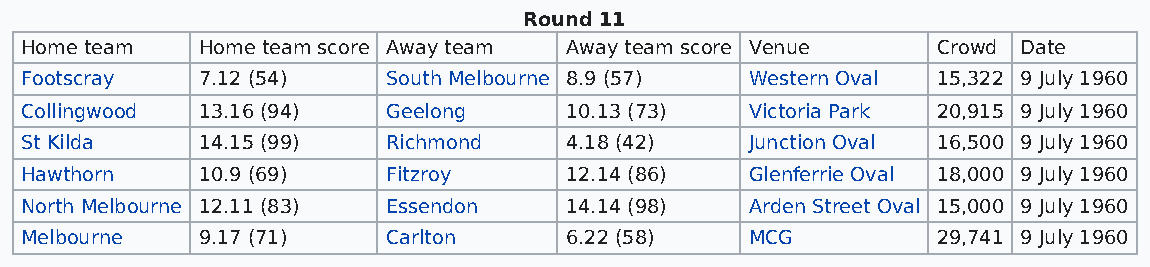
Round 11
 Home team   Home team score Away team Away team score Venue  Crowd Date
 Footscray   7.12 (54)    South Melbourne 8.9 (57) Western Oval 15,322 9 July 1960
 Collingwood 13.16 (94)   Geelong    10.13 (73)   Victoria Park 20,915 9 July 1960
 St Kilda    14.15 (99)   Richmond   4.18 (42)    Junction Oval 16,500 9 July 1960
 Hawthorn    10.9 (69)    Fitzroy    12.14 (86)   Glenferrie Oval 18,000 9 July 1960
 North Melbourne 12.11 (83) Essendon 14.14 (98)   Arden Street Oval 15,000 9 July 1960
 Melbourne   9.17 (71)    Carlton    6.22 (58)    MCG         29,741 9 July 1960